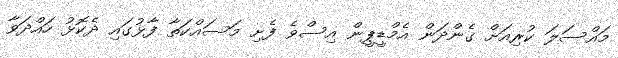
މައްސަލަ ކުރިއަށް ގެންދަން އެމްޑީޕީން އިސްވެ ފެށި މަސައްކަތާ ފާޅުގައި ދެކޮޅު ހައްދަވާ